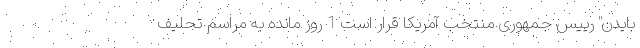
بایدن" رییس جمهوری منتخب آمریکا قرار است 1 روز مانده به مراسم تحلیف